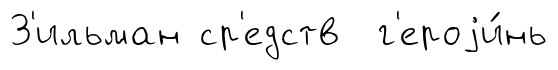
З'ильман ср'едств г'ероjи́нь